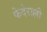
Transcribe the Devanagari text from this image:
फेदेराल्ली